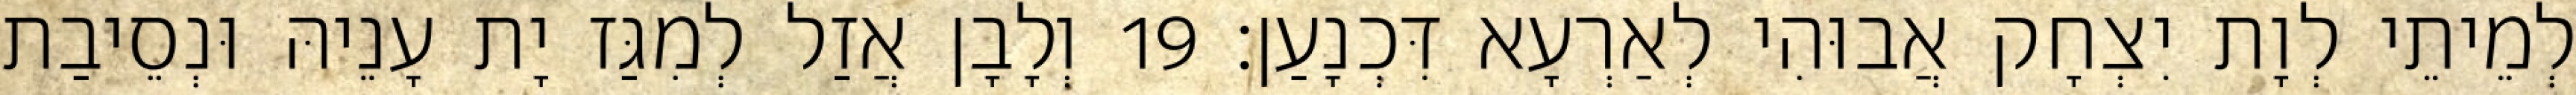
לְמֵיתֵי לְוָת יִצְחָק אֲבוּהִי לְאַרְעָא דִּכְנָעַן׃ 19 וְלָבָן אֲזַל לְמִגַּז יָת עָנֵיהּ וּנְסֵיבַת